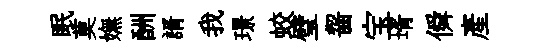
眠莫嫵酬諝我璟蛟璧齧宝壻僢產